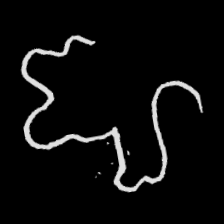
Pyu character \u2014 Myanmar letter: ဈ (romanized: jha)